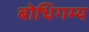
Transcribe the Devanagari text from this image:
बोधिगम्य